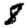
Digit: 8